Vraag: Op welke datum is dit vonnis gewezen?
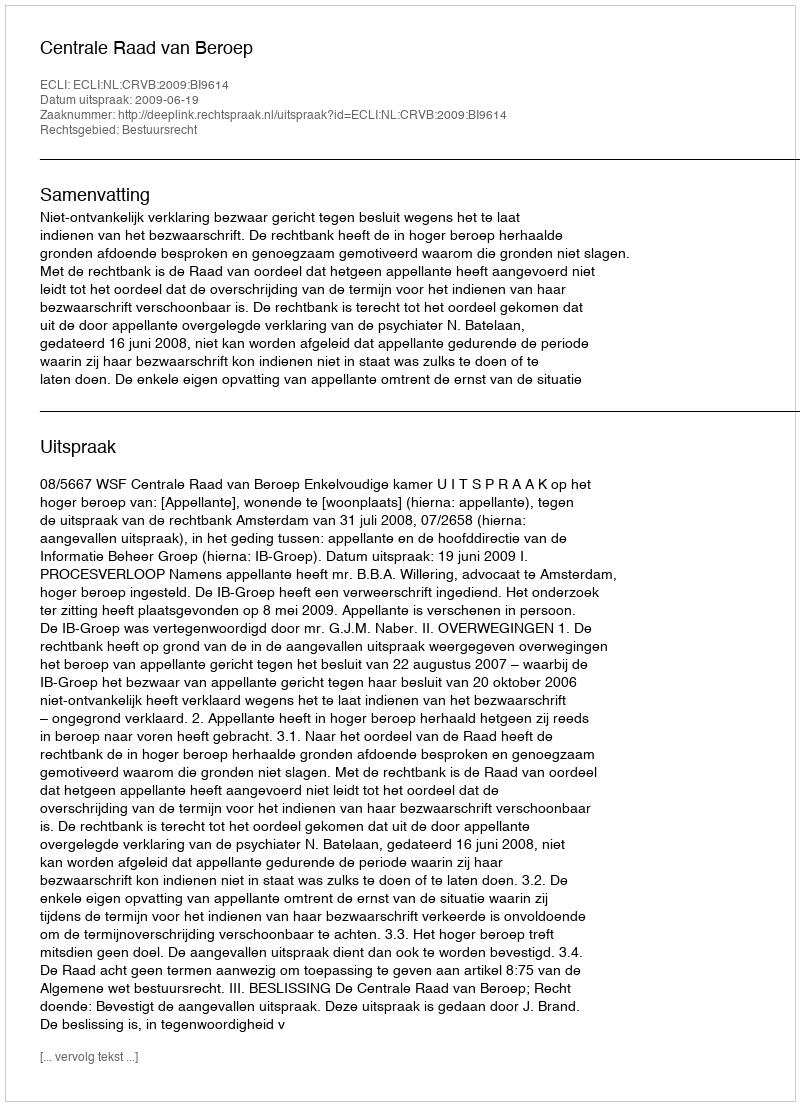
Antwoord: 2009-06-19